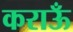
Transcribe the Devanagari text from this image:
कराऊँ